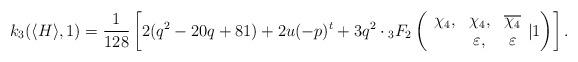
LaTeX: \begin{align*}k_3(\langle H\rangle,1)=\frac{1}{128}\left[2(q^2-20q+81)+2 u(-p)^t+3q^2\cdot{_{3}}F_{2}\left(\begin{array}{ccc}\chi_4, & \chi_4, & \overline{\chi_4}\\ & \varepsilon, & \varepsilon\end{array}| 1\right) \right].\end{align*}